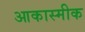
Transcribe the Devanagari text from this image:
आकास्मीक